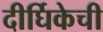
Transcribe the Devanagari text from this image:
दीर्घिकेची